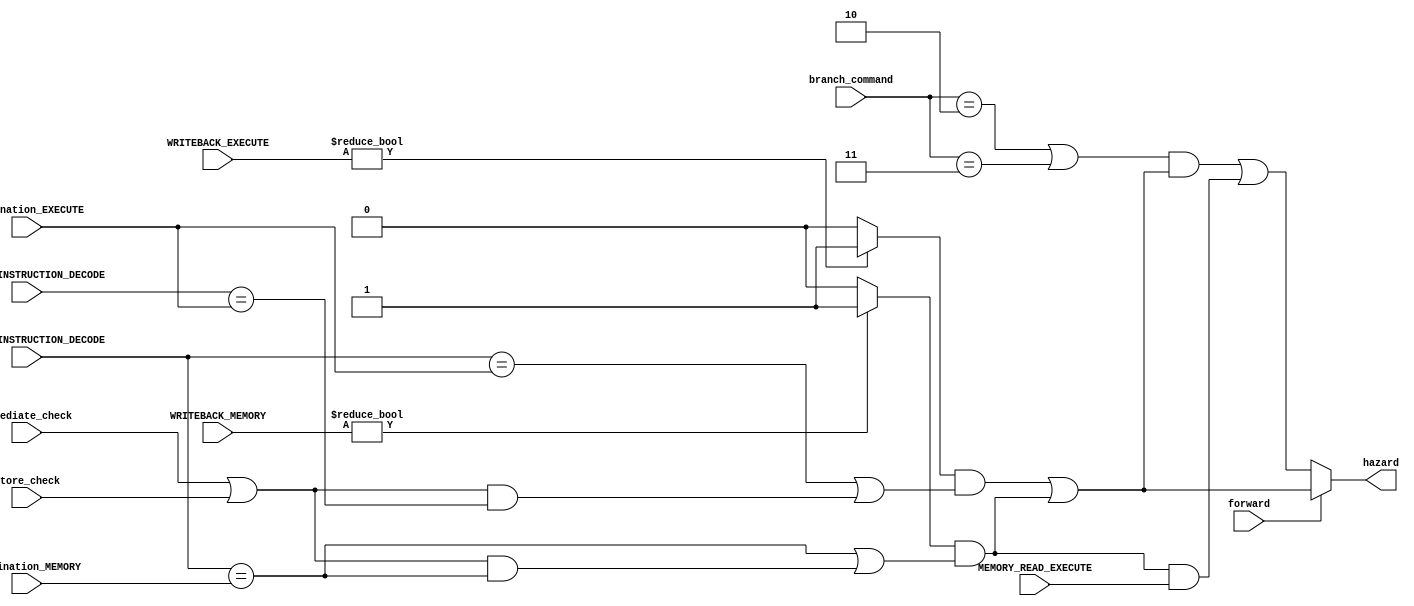
module hazard_detector(immediate_check, store_check, source1_INSTRUCTION_DECODE, source2_INSTRUCTION_DECODE, destination_EXECUTE, destination_MEMORY, hazard, WRITEBACK_EXECUTE, WRITEBACK_MEMORY, MEMORY_READ_EXECUTE,
 branch_command, forward);
    input  MEMORY_READ_EXECUTE, forward, immediate_check, store_check;
    input [1:0] WRITEBACK_EXECUTE, WRITEBACK_MEMORY, branch_command;
    input [4:0] source1_INSTRUCTION_DECODE, source2_INSTRUCTION_DECODE, destination_EXECUTE, destination_MEMORY;
    output hazard;

    wire source2_check, execute_hazard, memory_hazard, overall_hazard, branch_check, writeback_EXECUTE, writeback_MEMORY;

    assign source2_check = immediate_check || store_check;
    assign writeback_EXECUTE = (WRITEBACK_EXECUTE) ? 1 : 0;
    assign writeback_MEMORY = (WRITEBACK_MEMORY) ? 1 : 0;
    
    assign execute_hazard = writeback_EXECUTE && (source1_INSTRUCTION_DECODE == destination_EXECUTE || (source2_check && source2_INSTRUCTION_DECODE == destination_EXECUTE));
    assign memory_hazard = writeback_MEMORY && (source1_INSTRUCTION_DECODE == destination_MEMORY || (source2_check && source1_INSTRUCTION_DECODE == destination_MEMORY));

    assign overall_hazard = execute_hazard || memory_hazard;
    assign branch_check = (branch_command == 2'b10 || branch_command == 2'b11);

    assign hazard = forward ? overall_hazard : (branch_check && overall_hazard) || (memory_hazard && MEMORY_READ_EXECUTE); 
    // check if forwarding is active, if active check for memory/execute hazard,
    // if not check if its a branch and has any of the hazards or, if its a memory read and has a memory hazard to prevent RAW hazard 
endmodule